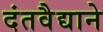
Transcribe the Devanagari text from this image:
दंतवैद्याने